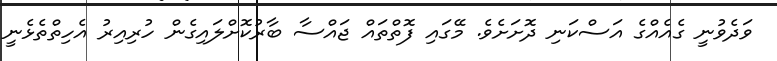
ވަދެވުނީ ގެއެއްގެ އަސްކަނި ދޮށަށެވެ. މޭގައި ފޮތްތައް ޖައްސާ ބާރުކޮށްލައިގެން ހުރިއިރު އެހިތްތެޅެނީ